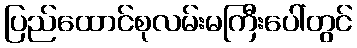
ပြည်ထောင်စုလမ်းမကြီးပေါ်တွင်